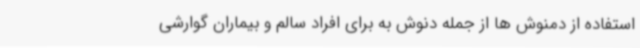
استفاده از دمنوش ها از جمله دنوش به برای افراد سالم و بیماران گوارشی